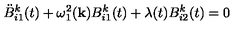
\ddot { B } _ { i 1 } ^ { k } ( t ) + \omega _ { 1 } ^ { 2 } ( { \bf k } ) B _ { i 1 } ^ { k } ( t ) + \lambda ( t ) B _ { i 2 } ^ { k } ( t ) = 0